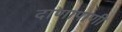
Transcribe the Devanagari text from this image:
दाणापाणी